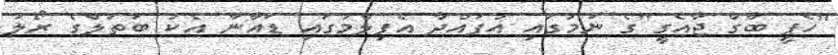
''ހެޕީ ބާގް ޖާއެގީ''ގެ ނަމުގައި އުފައްދާ އެފިލްމުގައި ޑައާނާ އެކު ބަތަލްގެ ރޯލު